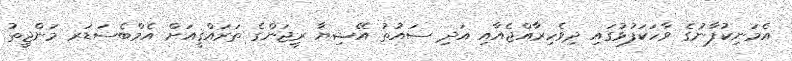
އެމަނިކުފާނުގެ ވާހަކަފުޅުގައި ދިވެހިރާއްޖެއާއި އަދި ސައުތު އޭޝިޔާ ރީޖަންގެ ތަރައްޤީއަށް އެމްބެސަޑަރ މަންޖީތު